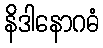
နိဒါနောဂဓံ